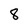
Character: 8